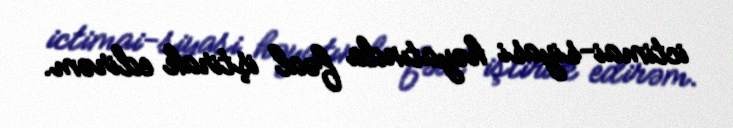
ictimai-siyasi həyatında fəal iştirak edirəm.